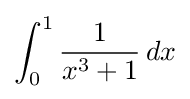
\int _{0}^{1}{\frac {1}{x^{3}+1}}\,dx